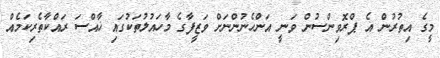
މީގެ އިތުރުން އެ ޕްރޮވިންސުން ވަނީ އަންހެނުންނަށް ވަޒީފާގެ މާހައުލުތަކުގައި ޚާއްސަ ރައްކާތެރިކަމެއް